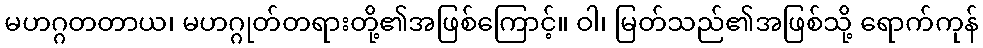
မဟဂ္ဂတတာယ၊ မဟဂ္ဂုတ်တရားတို့၏အဖြစ်ကြောင့်။ ဝါ၊ မြတ်သည်၏အဖြစ်သို့ ရောက်ကုန်